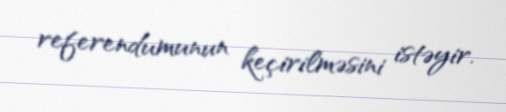
referendumunun keçirilməsini istəyir.